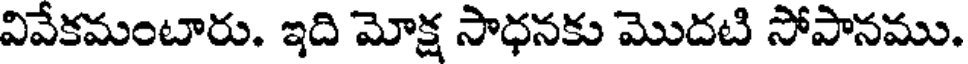
వివేకమంటారు. ఇది మోక్ష సాధనకు మొదటి సోపానము.